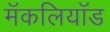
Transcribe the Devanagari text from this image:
मॅकलियॉड